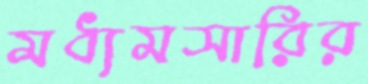
মধ্যমসারির